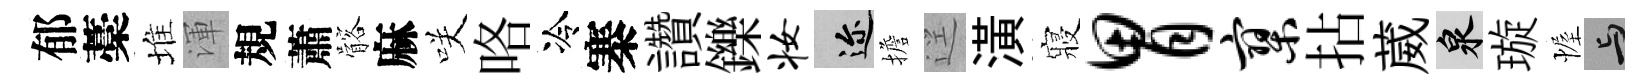
郁藁堆渾規蕭髂麻咲咯冷寨讚鑠妆邇擔逕潢寢胃寥拈葳泉璇幄与